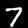
Digit: 7